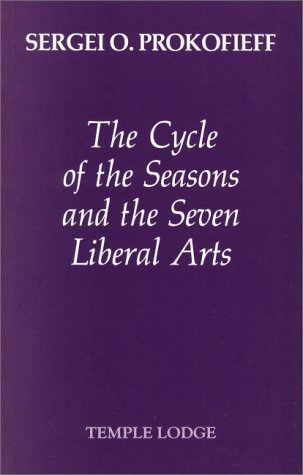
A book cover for The Cycle of the Seasons and the Seven Liberal Arts; Sergey Prokofiev; Religion & Spirituality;